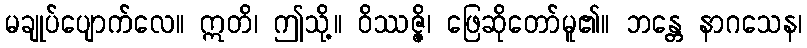
မချုပ်ပျောက်လေ။ ဣတိ၊ ဤသို့။ ဝိဿဇ္ဇိ၊ ဖြေဆိုတော်မူ၏။ ဘန္တေ နာဂသေန၊